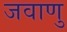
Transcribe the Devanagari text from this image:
जवाणु